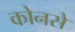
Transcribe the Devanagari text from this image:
कोनसे